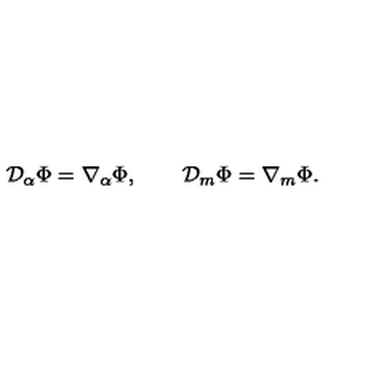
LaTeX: { \cal D } _ { \alpha } \Phi = \nabla _ { \alpha } \Phi , \qquad { \cal D } _ { m } \Phi = \nabla _ { m } \Phi .